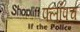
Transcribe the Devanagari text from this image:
फ्लॉपच